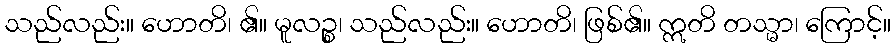
သည်လည်း။ ဟောတိ၊ ၏။ မူလဉ္စ၊ သည်လည်း။ ဟောတိ၊ ဖြစ်၏။ ဣတိ တသ္မာ၊ ကြောင့်။